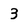
Character: 3